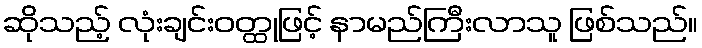
ဆိုသည့် လုံးချင်းဝတ္ထုဖြင့် နာမည်ကြီးလာသူ ဖြစ်သည်။